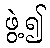
ဖွဲ့၍